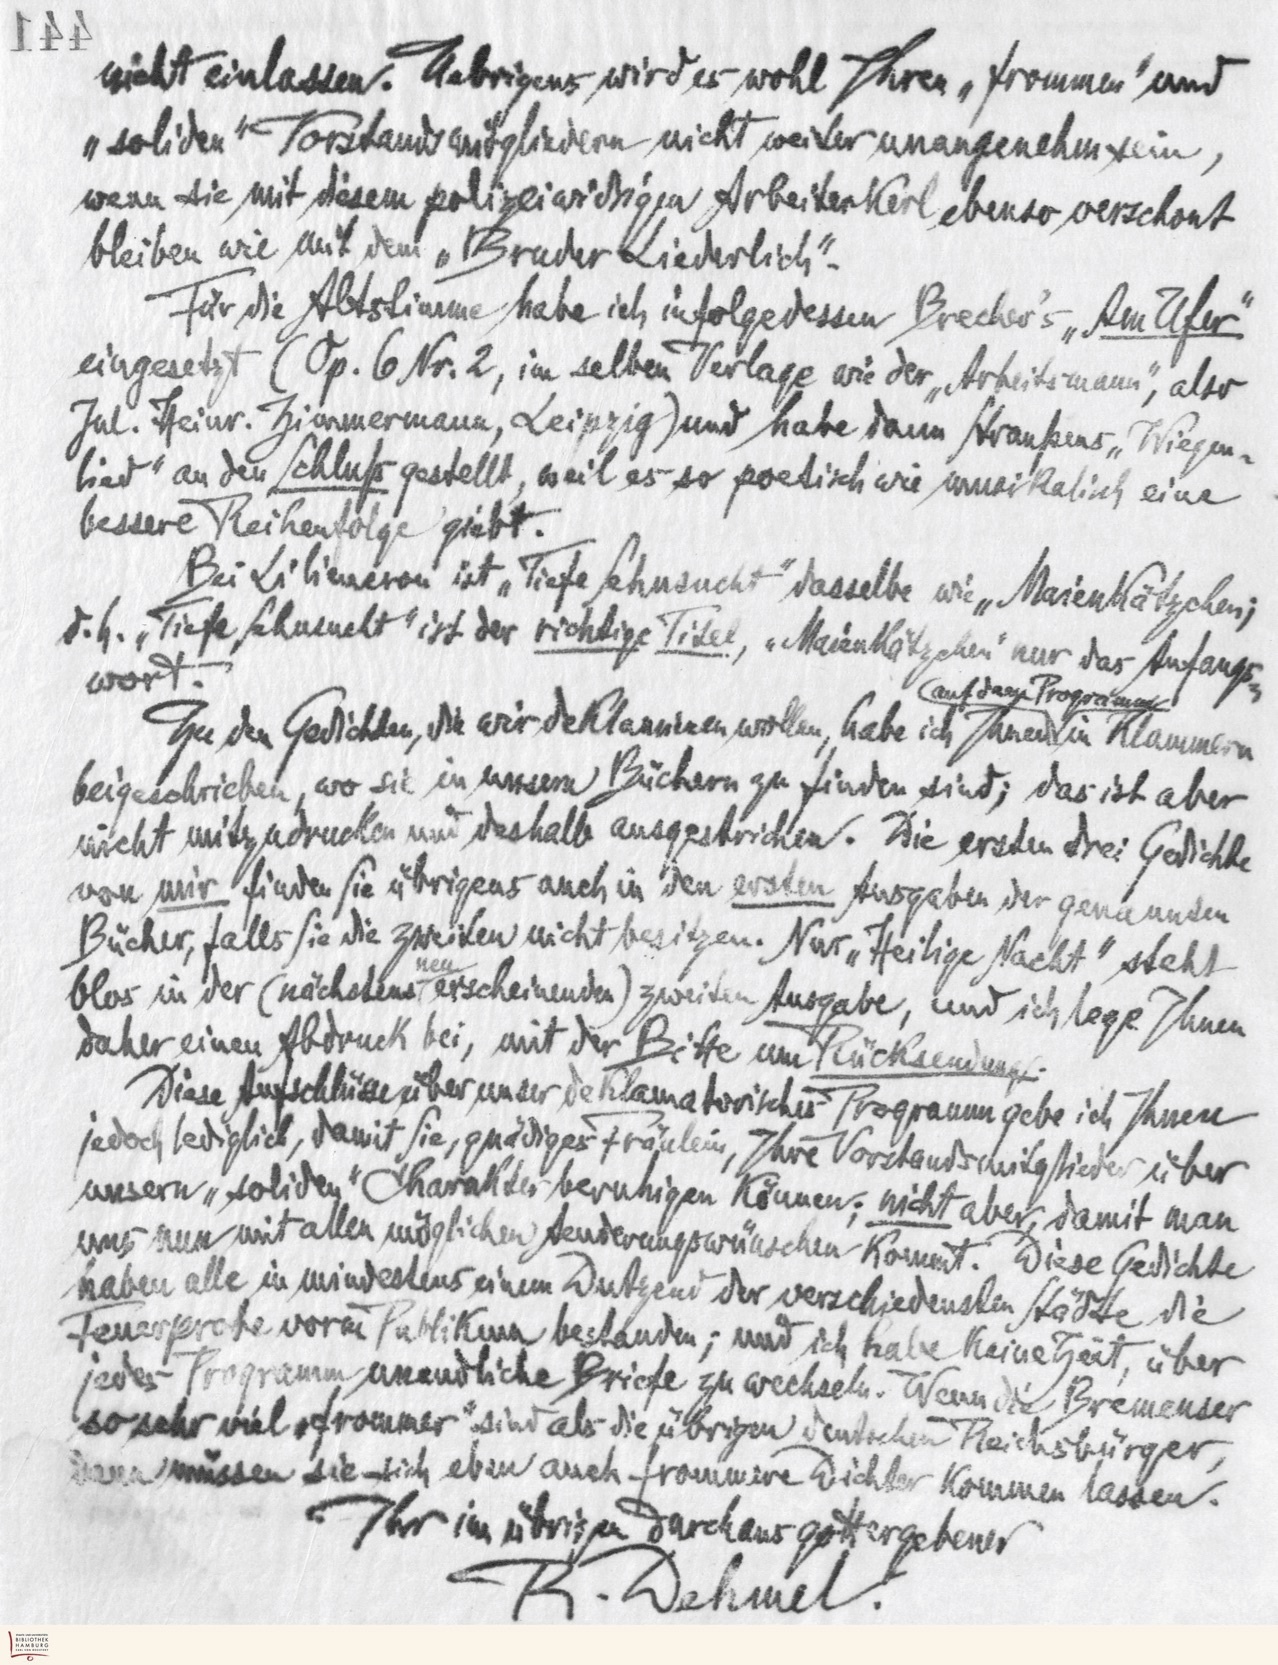
nicht einlassen. Uebrigens wird es wohl Ihren „frommen‟ und
„soliden‟ Vorstandsmitgliedern nicht weiter unangenehm sein,
wenn sie mit diesem polizeiwidrigen Arbeiterkerl ebenso verschont
bleiben wie mit dem „Bruder Liederlich‟.
Für die Abtstimme habe ich infolgedessen Brecher's „Am Ufer‟
eingesetzt. (Op. 6 Nr. 2, im selben Verlage wie der „Arbeitsmann‟, aber
Jul. Heinr. Zimmermann, Leipzig) und habe dann Straußens „Wiegen-
lied‟ an den Schluß gestellt, weil es so poetisch wie musikalisch eine
bessere Reihenfolge gibt.
Bei Liliencron ist „Tiefe Sehnsucht‟ dasselbe wie „Maienkätzchen;
d.h. „Tiefe Sehnsucht‟ ist der richtige Titel, „Maienkätzchen‟ nur das Anfangs
wort.
(auf dem Programm
Zu den Gedichten, die wir deklamieren wollen, habe ich Ihnen in Klammern
beigeschrieben, wo sie in unsern Büchern zu finden sind; das ist aber
nicht mitzudrucken und deshalb ausgestrichen. Die ersten drei Gedichte
von mir finden Sie übrigens auch in den ersten Ausgaben der genannten
Bücher, falls Sie die zweiten nicht besitzen. Nur „Heilige Nacht‟ steht
blos in der (nächsten erschienenen) zweiten Ausgabe, und ich lege Ihnen
daher einen Abdruck bei, mit der Bitte um Rücksendung.
Diese Aufschlüsse über unser deKlamatorisches Programm gebe ich Ihnen
jedoch lediglich, damit Sie, gnädiges Fräulein, Ihre Vorstandsmitglieder über
unsern „soliden‟ Chrakter beruhigen können; nicht aber, damit man
uns nun mit allen möglichen Aenderungswünschen kommt. Diese Gedichte
haben alle in mindestens einem Dutzend der verschiedenen Städte die
Feuerprobe vorm Publikum bestanden; und ich habe keine Zeit, über
jedes Programm unendliche Briefe zu wechseln. Wenn die Bremenser
so sehr viel „frommer‟ sind als die übrigen deutschen Reichsbürger,
dann müssen sie sich eben auch frommere Dichter kommen lassen.
Ihr im übrigen durchaus gottergebener
R. Dehmel.